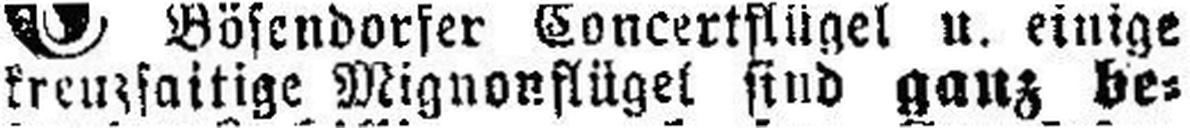
kreuzsaitige Mignonflügel sind ganz be¬